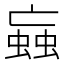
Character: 蝱